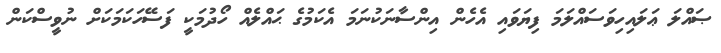
ޞައްލަ ޢަލައިހިވަސައްލަމަ ފިޔަވައި އެހެން އިންސާނަކުނަމަ އެކަމުގެ ޙައްލެއް ހޯދުމަކީ ފަސޭހަކަމަކަށް ނުވީސްކަން